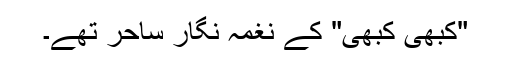
"کبھی کبھی" کے نغمہ نگار ساحر تھے۔